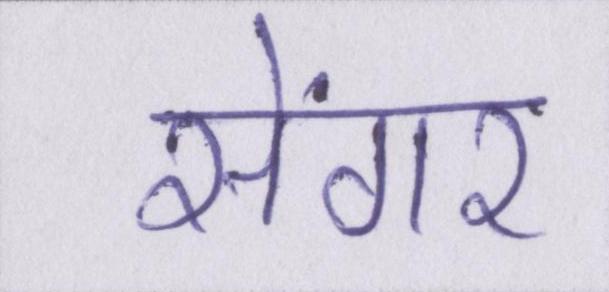
सेंगर